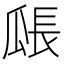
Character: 𤬅